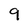
Character: q